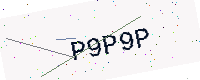
Text: P9P9P